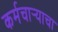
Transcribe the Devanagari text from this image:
कर्मचार्‍याचा